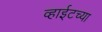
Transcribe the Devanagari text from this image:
व्हाईटच्या